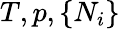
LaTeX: T,p,\{ N_{i}\}